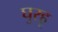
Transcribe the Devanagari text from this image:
घुरहू